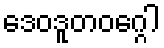
ဒေဝဒူတဝဂ္ဂေါ